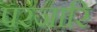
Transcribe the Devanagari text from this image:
परजारि